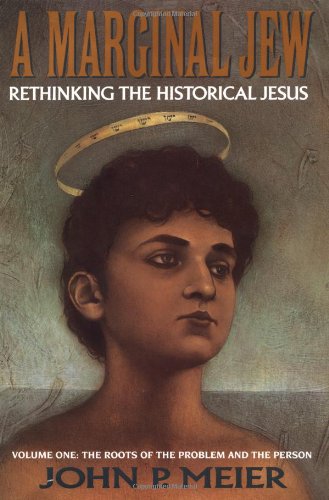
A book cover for A Marginal Jew: Rethinking the Historical Jesus: The Roots of the Problem and the Person, Vol. 1; John P. Meier; Religion & Spirituality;